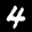
Label: 4